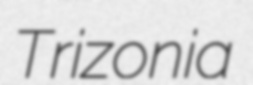
Trizonia